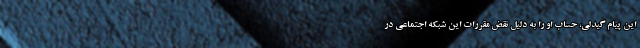
این پیام گیدلی، حساب او را به دلیل نقض مقررات این شبکه اجتماعی در